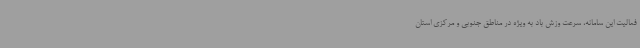
فعالیت این سامانه، سرعت وزش باد به ویژه در مناطق جنوبی و مرکزی استان